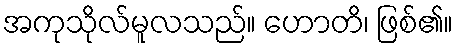
အကုသိုလ်မူလသည်။ ဟောတိ၊ ဖြစ်၏။